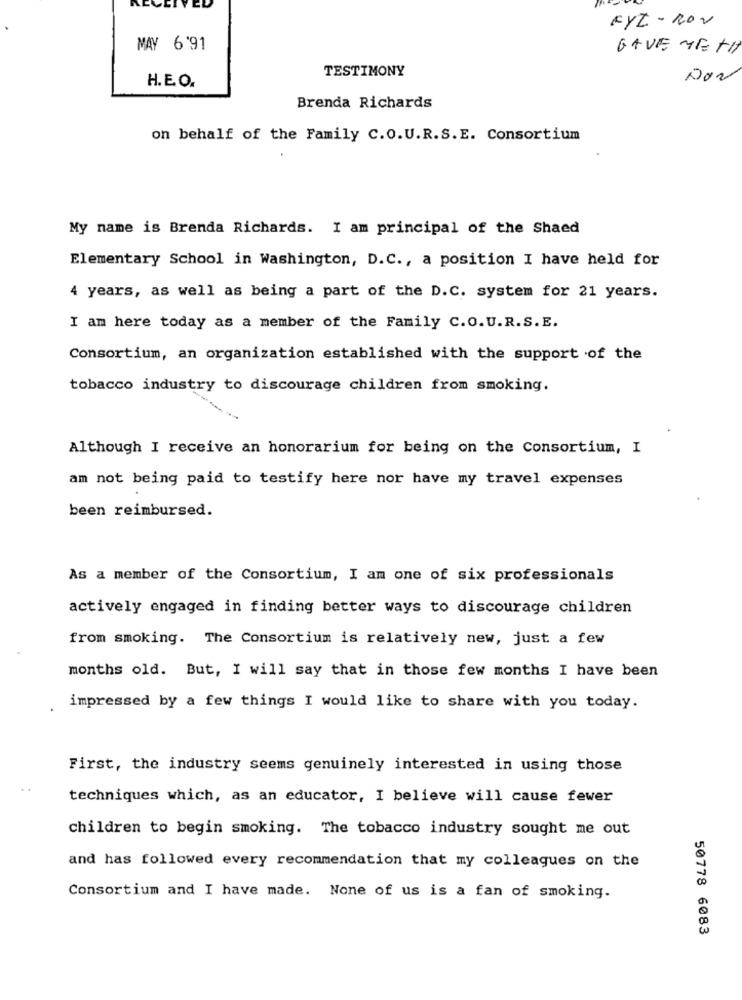
FYL - ROV
MAY 6'91
GAVE ME TH
TESTIMONY
NON
H.E.O.
Brenda Richards
on behalf of the Family C.O.U.R.S.E. Consortium
My name is Brenda Richards. I am principal of the Shaed
Elementary School in Washington, D.C ., a position I have held for
4 years, as well as being a part of the D.C. system for 21 years.
I am here today as a member of the Family C.O.U.R.S. E.
Consortium, an organization established with the support of the
tobacco industry to discourage children from smoking.
Although I receive an honorarium for being on the Consortium, I
am not being paid to testify here nor have my travel expenses
been reimbursed.
As a member of the Consortium, I am one of six professionals
actively engaged in finding better ways to discourage children
from smoking. The Consortium is relatively new, just a few
months old. But, I will say that in those few months I have been
impressed by a few things I would like to share with you today.
First, the industry seems genuinely interested in using those
techniques which, as an educator, I believe will cause fewer
children to begin smoking. The tobacco industry sought me out
and has followed every recommendation that my colleagues on the
Consortium and I have made. None of us is a fan of smoking.
50778 6083